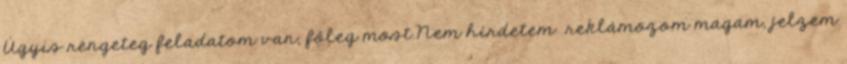
Úgyis rengeteg feladatom van, főleg most.Nem hírdetem reklámozom magam, jelzem